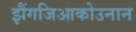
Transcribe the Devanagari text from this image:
झैंगजिआकोउनान